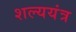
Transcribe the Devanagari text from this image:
शल्ययंत्र